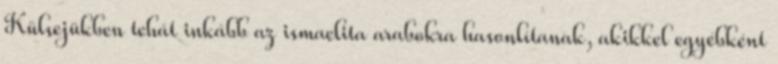
Külsejükben tehát inkább az ismaelita arabokra hasonlítanak, akikkel egyébként